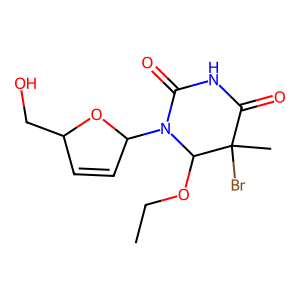
SMILES: CCOC1N(C2C=CC(CO)O2)C(=O)NC(=O)C1(C)Br
Inhibits HIV replication: No